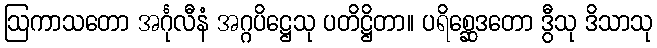
ဩကာသတော အင်္ဂုလီနံ အဂ္ဂပိဋ္ဌေသု ပတိဋ္ဌိတာ။ ပရိစ္ဆေဒတော ဒွီသု ဒိသာသု